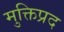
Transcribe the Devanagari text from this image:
मुक्तिप्रद